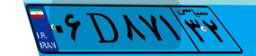
۶۲D۲۸۴۱۴